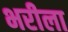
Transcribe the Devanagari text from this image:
भरीला